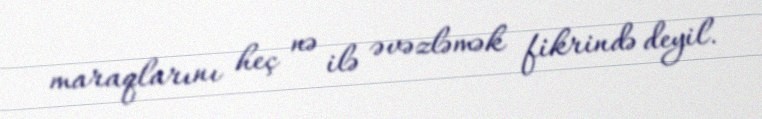
maraqlarını heç nə ilə əvəzləmək fikrində deyil.